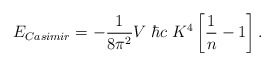
\begin{align*}E_{\small Casimir} = -{1\over8\pi^2} V \; \hbar c \; K^4 \left[ {1\over n} - 1 \right].\end{align*}